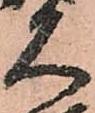
久